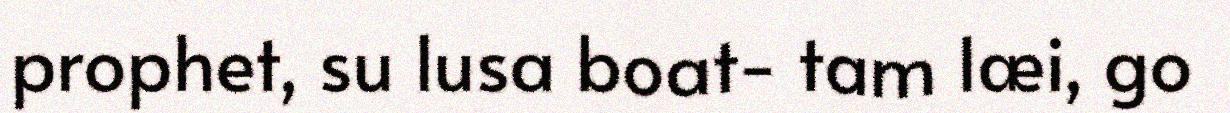
prophet, su lusa boat- tam læi, go